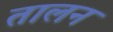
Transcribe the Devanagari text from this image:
तालन